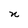
Character: n